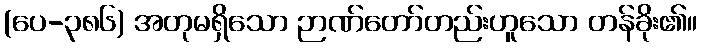
(ပေ-၃၈၆) အတုမရှိသော ဉာဏ်တော်တည်းဟူသော တန်ခိုး၏။